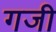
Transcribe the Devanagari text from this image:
गजी